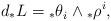
LaTeX: \begin{align*}d{_{*}L}={_{*}\theta}_{i}\wedge{_{*}\rho}^{i},\end{align*}